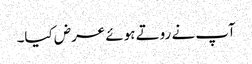
آپ نے روتے ہوئے عرض کیا۔